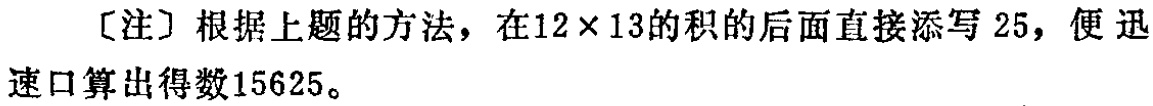
［注］根据上题的方法，在\(12\times13\)的积的后面直接添写 \(25\)，便迅速口算出得数\(15625\)。